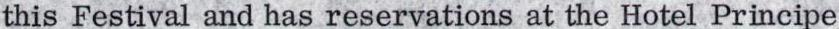
this Festival and has reservations at the Hotel Principe